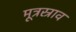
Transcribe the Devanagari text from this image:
मूत्रस्राव